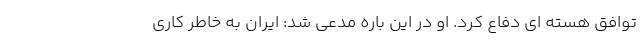
توافق هسته ای دفاع کرد. او در این باره مدعی شد: ایران به خاطر کاری